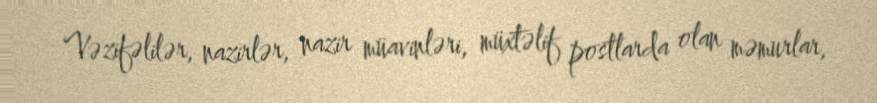
Vəzifəlilər, nazirlər, nazir müavinləri, müxtəlif postlarda olan məmurlar,